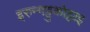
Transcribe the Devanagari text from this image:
इरुन्गट्टुकोट्टाइ